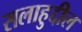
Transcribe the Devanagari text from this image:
सलाहुद्दील